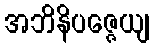
အဘိနိပဇ္ဇေယျ